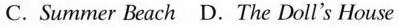
C.Summer Beach D.The Doll's House